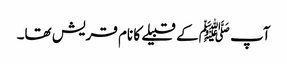
آپ ﷺکے قبیلے کا نام قریش تھا۔